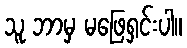
သူ ဘာမှ မဖြေရှင်းပါ။